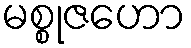
မစ္စုဇဟော